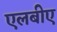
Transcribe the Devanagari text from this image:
एलबीए